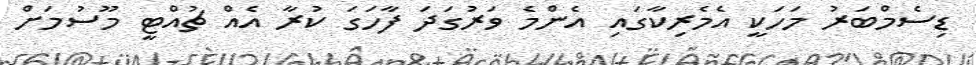
ޑިސެމްބަރު މަހަކީ އެމެރިކާގައި އެންމެ ވަރުގަދަ ފާހަގަ ކުރާ އެއް ޗުއްޓީ މޫސުމަށް